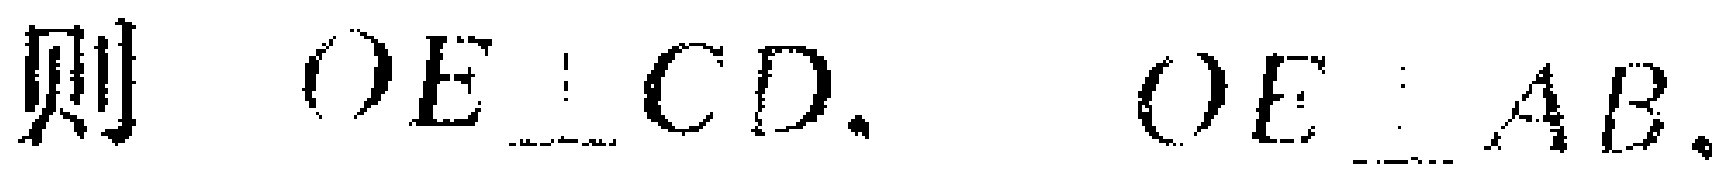
则 \(OE\perp CD\)， \(OE\perp AB\)。